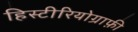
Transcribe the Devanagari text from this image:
हिस्टीरियोग्राफ़ी